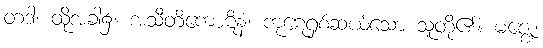
တဒါ၊ ထိုအခါ၌။ အသီတိကောဋိနံ၊ ကုဋေရှစ်ဆယ်သော သူတို့၏။ မဇ္ဈေ၊